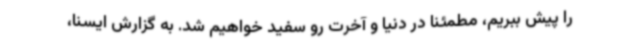
را پیش ببریم، مطمئنا در دنیا و آخرت رو سفید خواهیم شد. به گزارش ایسنا،